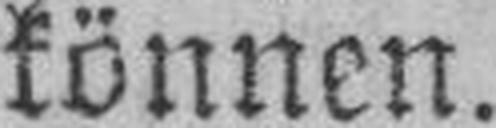
können.